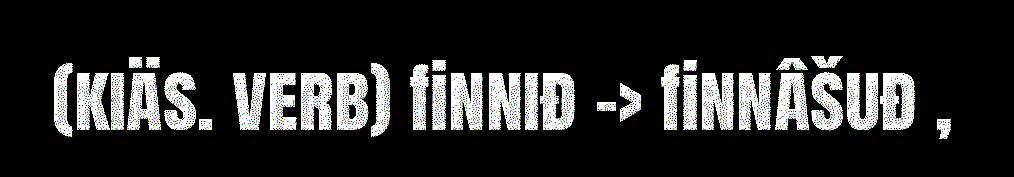
(kiäs. verb) finniđ -> finnâšuđ ,